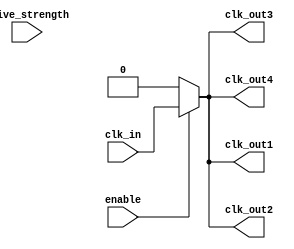
module HighFanoutClockBuffer (
    input wire clk_in,          // Input clock signal
    input wire enable,          // Enable signal for the buffer
    input wire [1:0] drive_strength, // Drive strength control (2'b00: low, 2'b01: medium, 2'b10: high)
    output wire clk_out1,       // First output clock signal
    output wire clk_out2,       // Second output clock signal
    output wire clk_out3,       // Third output clock signal
    output wire clk_out4        // Fourth output clock signal
);

    // Internal signals
    wire clk_buffered;          // Buffered clock signal

    // Input Stage: Buffering the input clock signal
    // This stage can include additional conditioning if necessary
    assign clk_buffered = clk_in;

    // Buffering Stage: Drive strength adjustment
    reg clk_drive;
    always @(*) begin
        case (drive_strength)
            2'b00: clk_drive = clk_buffered; // Low drive strength
            2'b01: clk_drive = clk_buffered; // Medium drive strength
            2'b10: clk_drive = clk_buffered; // High drive strength
            default: clk_drive = clk_buffered; // Default to low
        endcase
    end

    // Output Stage: Distributing the clock signal to multiple outputs
    assign clk_out1 = enable ? clk_drive : 1'b0;
    assign clk_out2 = enable ? clk_drive : 1'b0;
    assign clk_out3 = enable ? clk_drive : 1'b0;
    assign clk_out4 = enable ? clk_drive : 1'b0;

endmodule